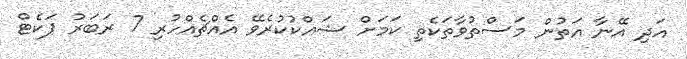
އަދި އޭނާ އަތުން މަސްތުވާތަކެތި ކަމަށް ޝައްކުކުރެވޭ އެއްޗެއްހުރި 7 ރަބަރު ޕަކެޓް